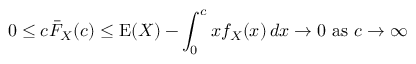
0 \leq c { \bar { F } } _ { X } ( c ) \leq \operatorname { E } ( X ) - \int _ { 0 } ^ { c } x f _ { X } ( x ) \, d x \to 0 { \mathrm { ~ a s ~ } } c \to \infty